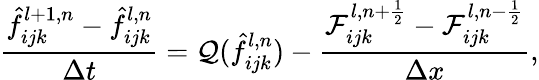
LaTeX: \frac{\hat{f}_{ijk}^{l+1,n}-\hat{f}_{ijk}^{l,n}}{\Delta t}=\mathcal{Q}(\hat{f}_{ijk}^{l,n})-\frac{\mathcal{F}_{ijk}^{l,n+\frac{1}{2}}-\mathcal{F}_{ijk}^{l,n-\frac{1}{2}}}{\Delta x},